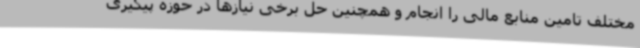
مختلف تامین منابع مالی را انجام و همچنین حل برخی نیازها در حوزه پیگیری